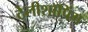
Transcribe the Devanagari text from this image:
टेलीशॉपिंग